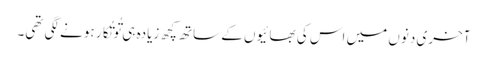
آخری دنوں میں اس کی بھائیوں کے ساتھ کچھ زیادہ ہی تُو تُکار ہونے لگی تھی۔